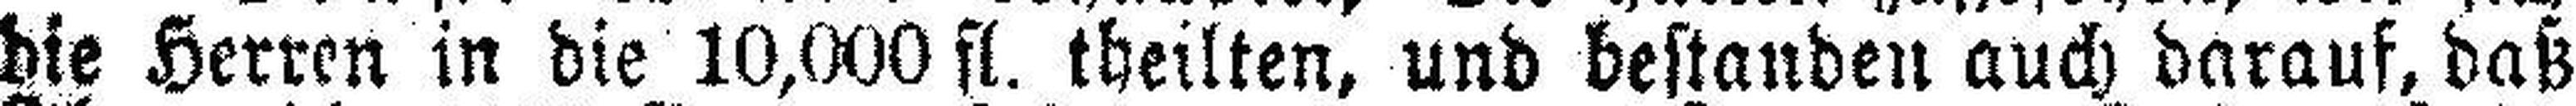
die Herren in die 10,000 fl. theilten, und bestanden auch darauf, daß